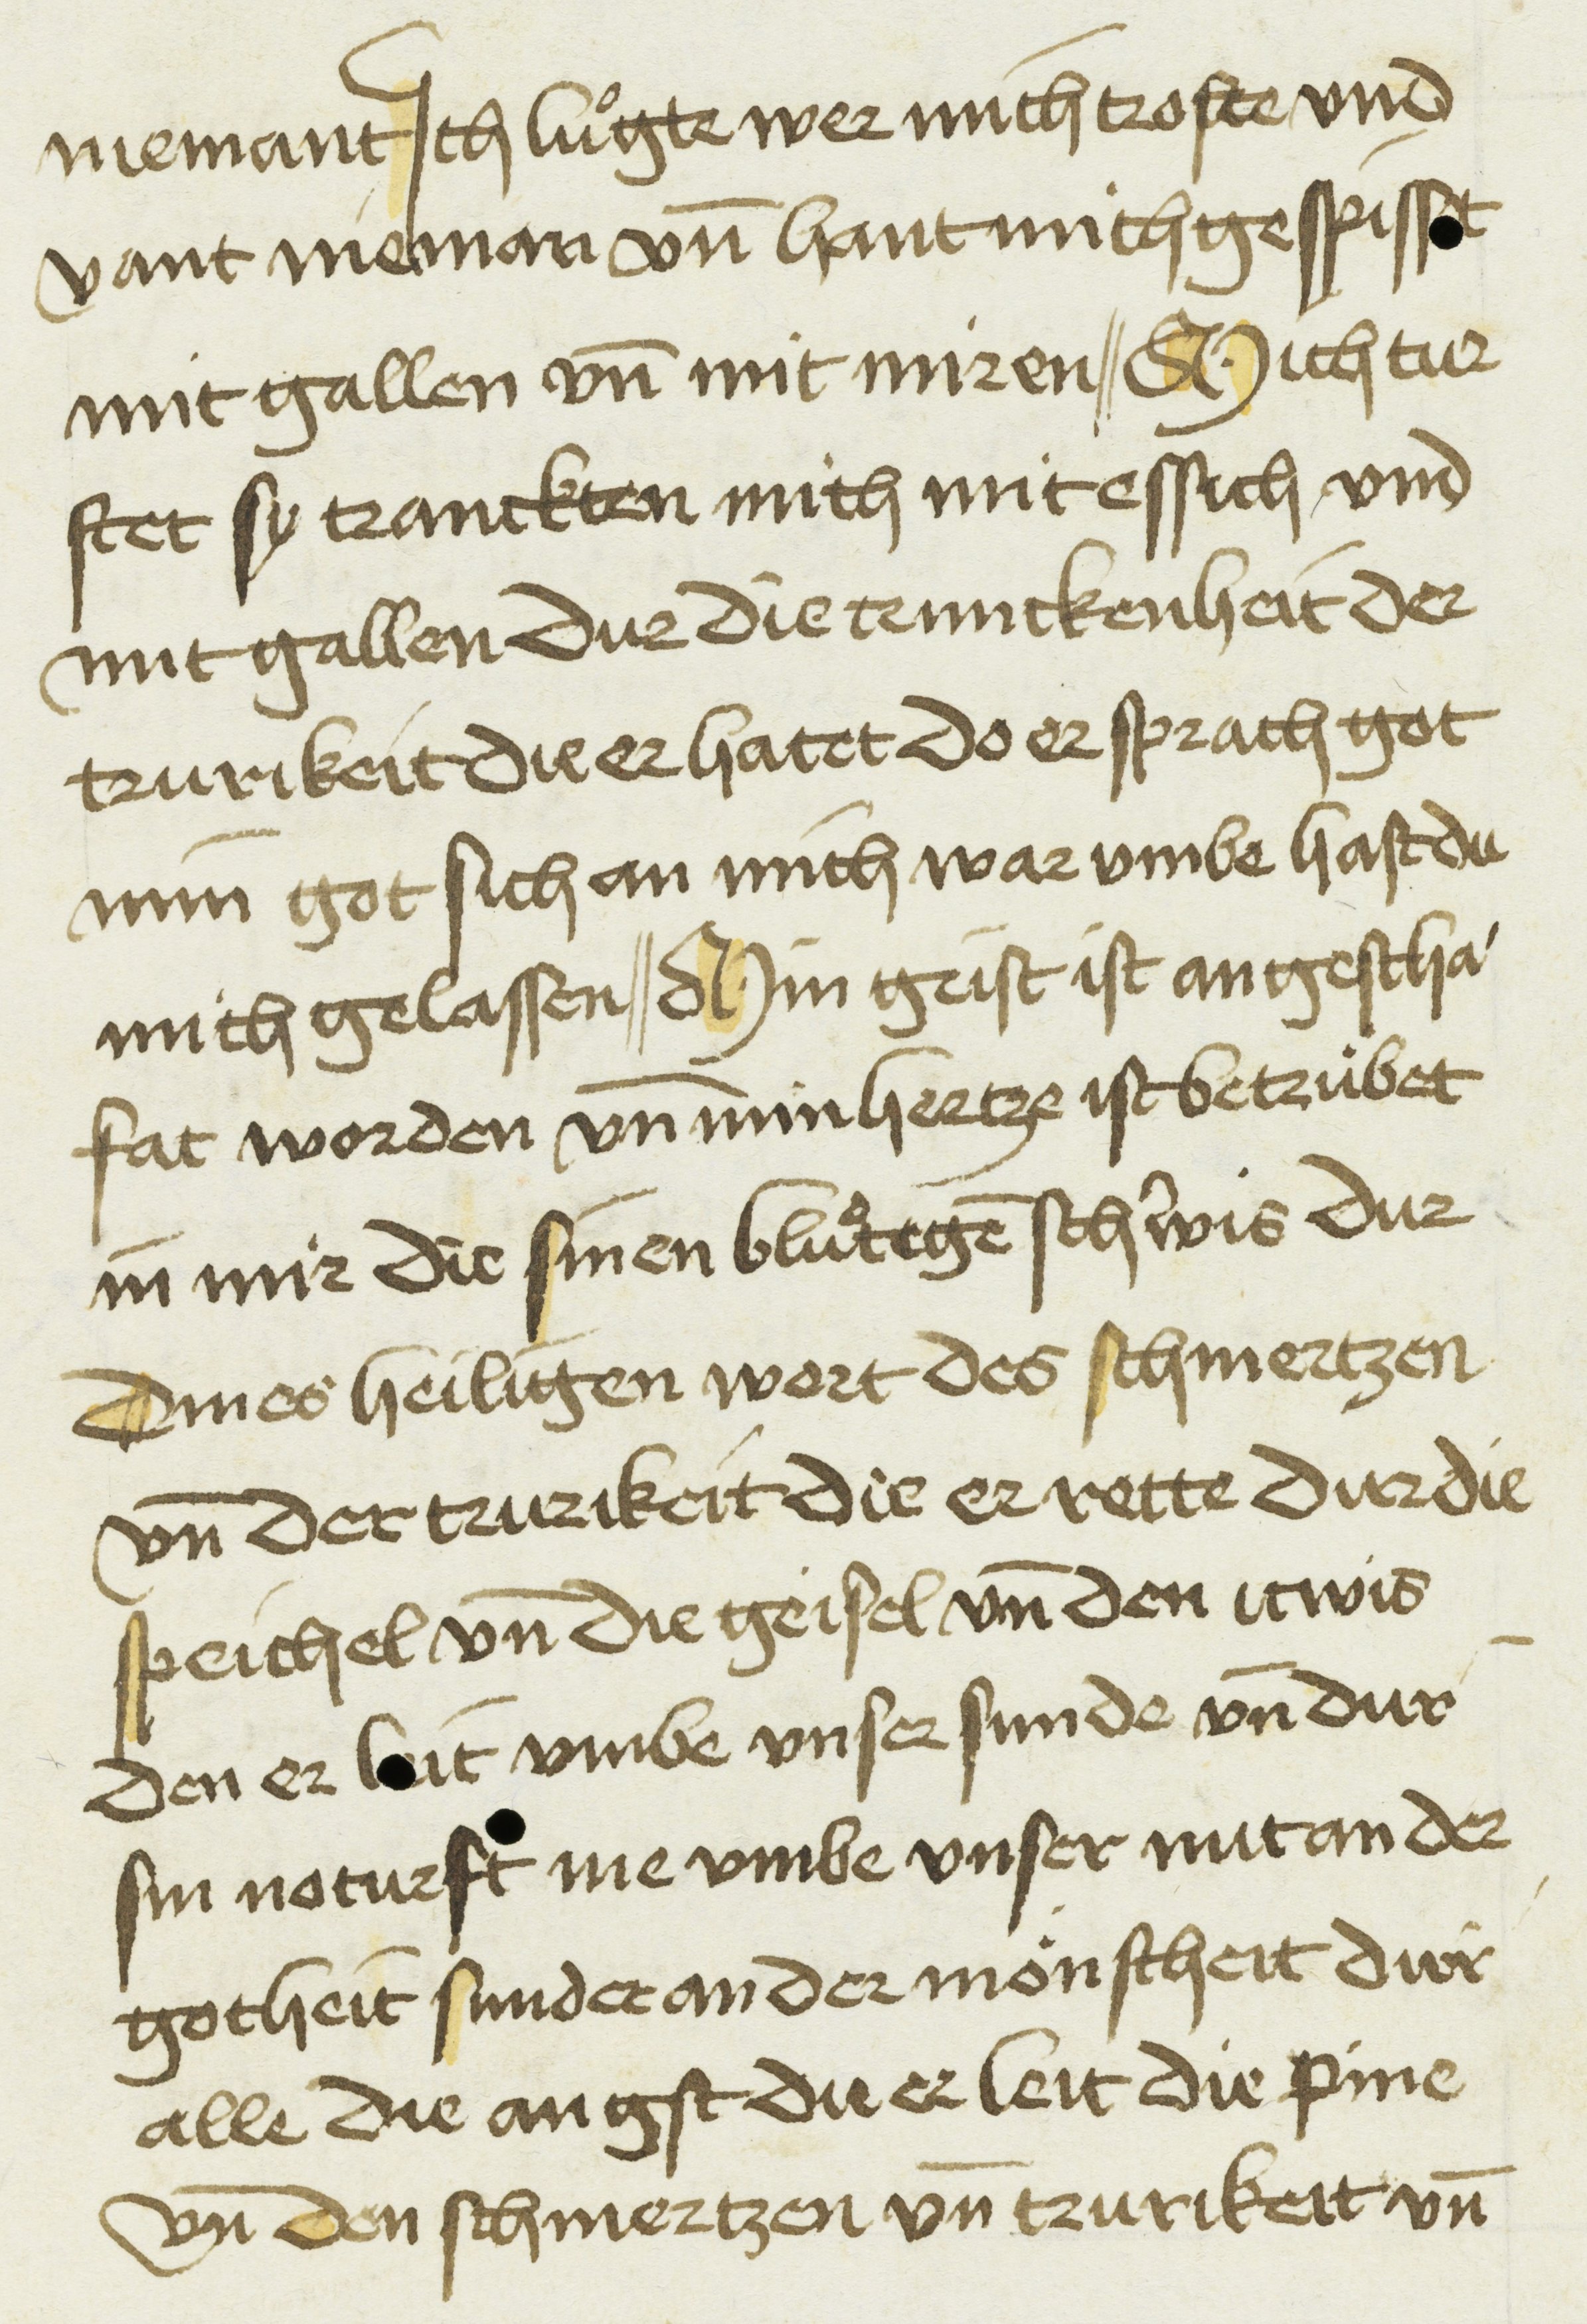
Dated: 1450–1499